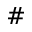
\#